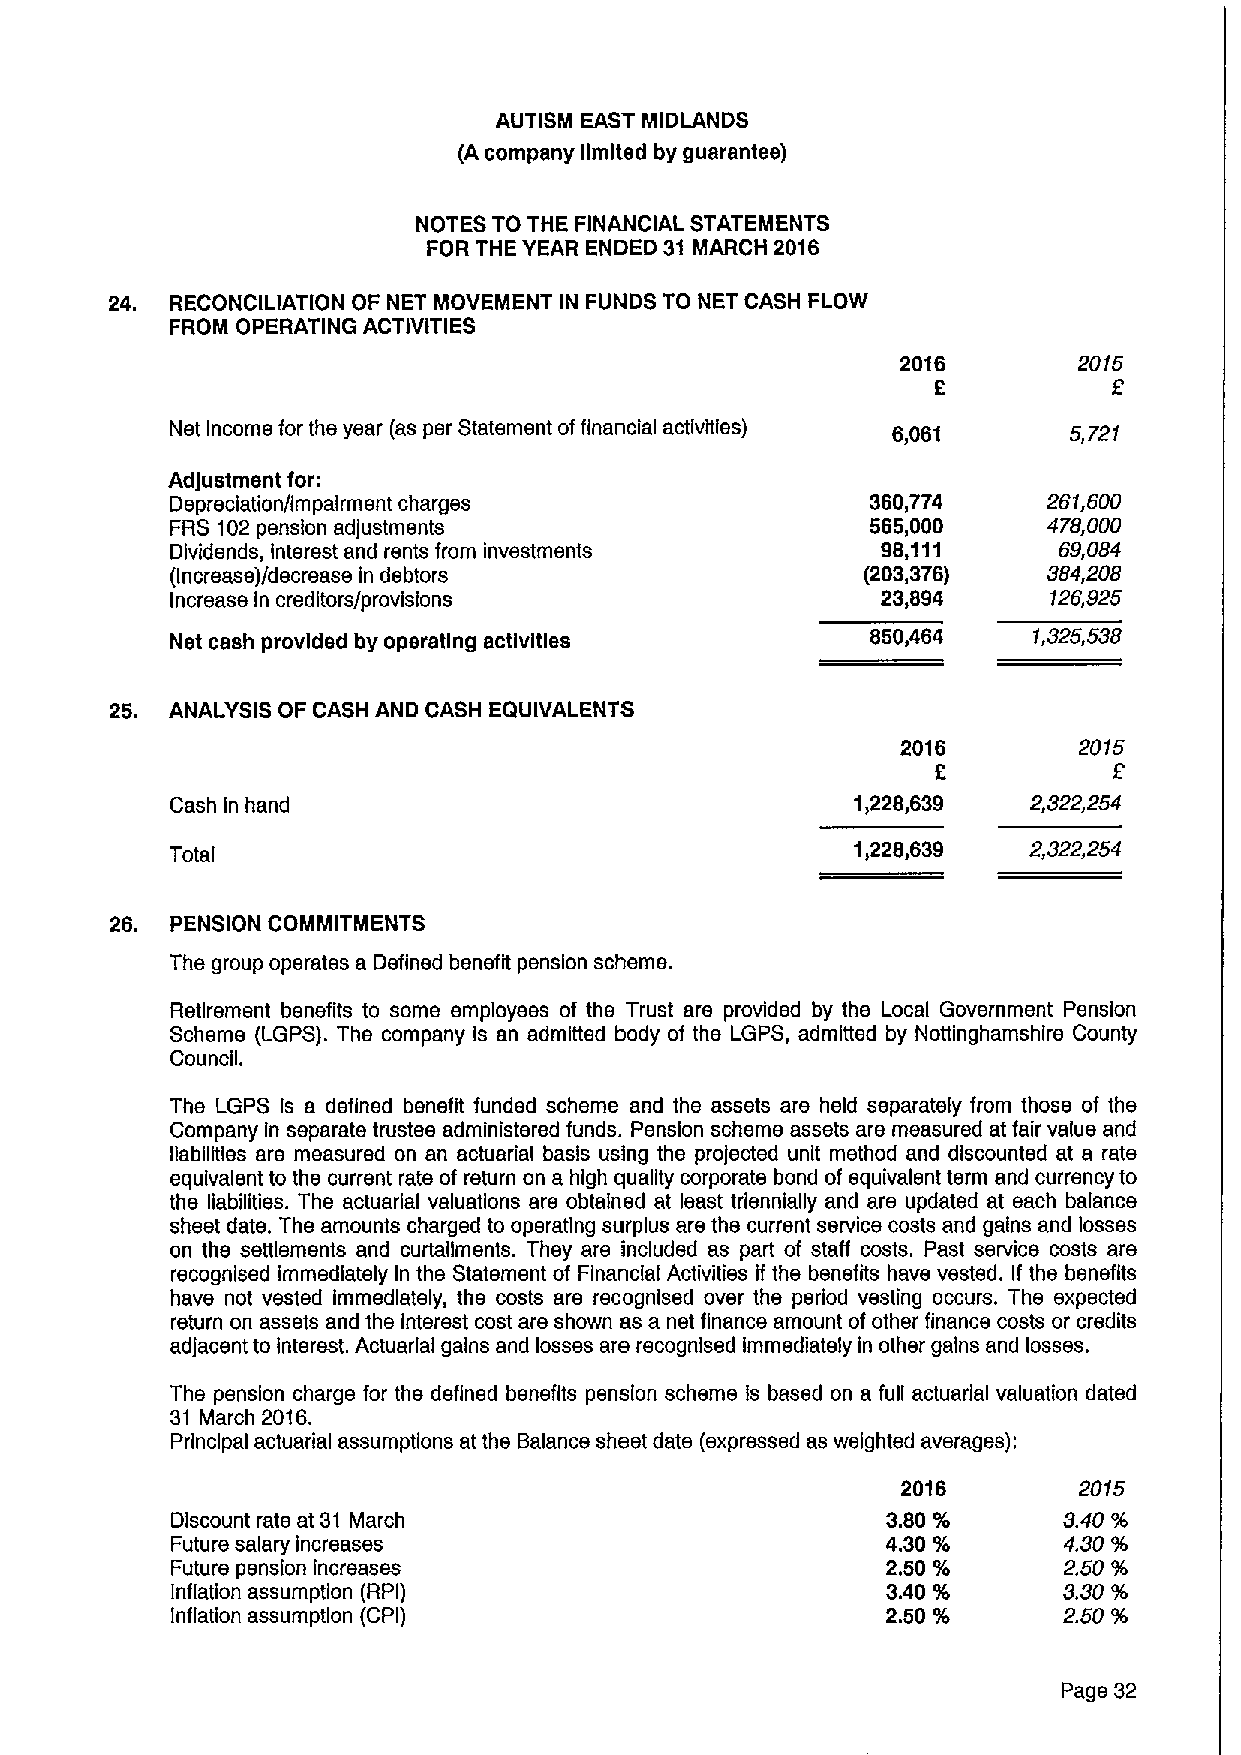
AUTISM EAST MIDLANDS
 (A company limited by guarantee)
 NOTES TO THE FINANCIAL STATEMENTS
 FOR THE YEAR ENDED 31 MARCH 2016
 24. RECONCILIATION OF NET MOVEMENT IN FUNDS TO NET CASH FLOW
 FROM OPERATING ACTIVITIES
 2016       2015
 2
 Net Income for the year (as per Statement offinancial activities) 6,061 5,721
 Adjustment for:
 Depreciation/impairment charges                360,774    261,600
 FRS 102pension adjustments                     565,000    478,000
 Dividends, Interest and rents from investments 98,111      69,084
 (Increase)/decrease in debtors                (203,376)   364,206
 Increase in creditors/provisions               23,894     126,925
 Net cash provided by operating activities      850,464   1,325,538
 25. ANALYSIS OF CASH AND CASH EQUIVALENTS
 2016       2015
 2
 Cash In hand                                  1,228,639  2,322,254
 Total
 1,228,639  2,322,254
 26. PENSION COMMITMENTS
 The group operates a Defined benefit pension scheme.
 Retirement benefits to some employees of the Trust are provided by the Local Government Pension
 Scheme (LGPS). The company is an admitted body of the LGPS, admitted by Nottinghamshlre County
 Council.
 The LGPS Is a defined benefit funded scheme and the assets are held separately from those of the
 Company In separate trustee administered funds. Pension scheme assets are measured at fair value and
 liabilities are measured on an actuarial basis using the projected unit method and discounted at a rate
 equivalent to the current rate of return on a high quality corporate bond of equivalent term and currency to
 the liabilities. The actuarial valuations are obtained at least triennially and are updated at each balance
 sheet date. The amounts charged to operating surplus are the current service costs and gains and losses
 on the settlements and curtailments. They are included as part of staff costs. Past service costs are
 recognised immediately In the Statement of Financial Activities if the benefits have vested. If the benefits
 have not vested immediately, the costs are recognised over the period vesting occurs. The expected
 return on assets and the interest cost are shown as a net finance amount ofother finance costs or credits
 adjacent to Interest. Actuarial gains and losses are recognised immediately in other gains and losses.
 The pension charge for the defined benefits pension scheme is based on a full actuarial valuation dated
 31 March 2016.
 Principal actuarial assumptions at the Balance sheet date (expressed as weighted averages):
 2016       2015
 Discount rate at 31 March                       3.80 %     3.40 %
 Future salary increases                         4.309o     4.30%
 Future pension increases                        2.50 9o    2.50 %
 Inflation assumption (RPI)                      3.40 %     3.30%
 Inflation assumption (CPI)                      2.50 %     2.50 %
 Page 32